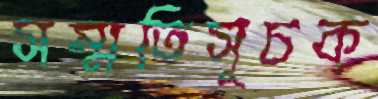
সম্মতিসূচক